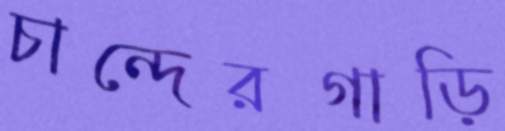
চান্দেরগাড়ি